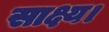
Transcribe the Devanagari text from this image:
साक्ष्य।